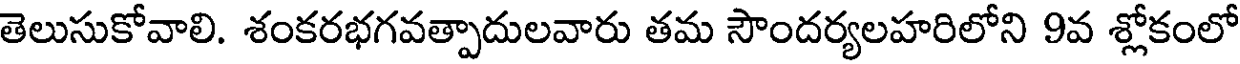
తెలుసుకోవాలి. శంకరభగవత్పాదులవారు తమ సౌందర్యలహరిలోని 9వ శ్లోకంలో